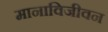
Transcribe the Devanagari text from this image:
मानाविजीवन